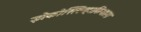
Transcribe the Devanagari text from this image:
झेकोस्लिव्हाकियाला